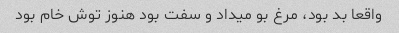
واقعا بد بود، مرغ بو میداد و سفت بود هنوز توش خام بود